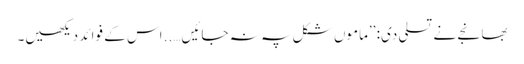
بھانجے نے تسلی دی: ’’ماموں شکل پہ نہ جائیں….. اس کے فوائد دیکھیں۔